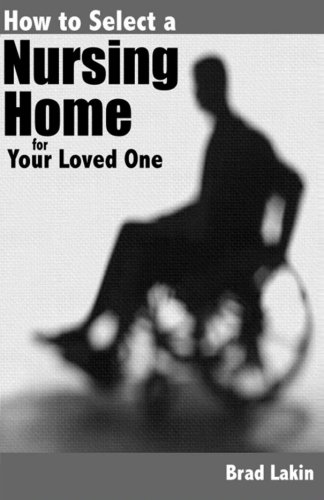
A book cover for How To Select A Nursing Home For A Loved One; Brad Lakin; Law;